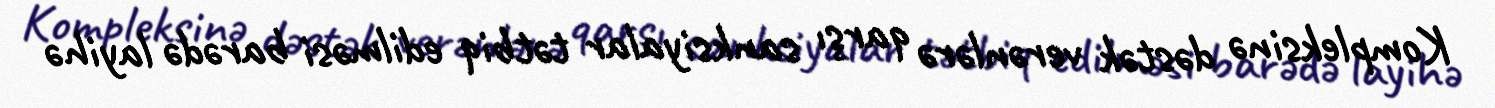
Kompleksinə dəstək verənlərə qarşı sanksiyalar tətbiq edilməsi barədə layihə